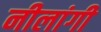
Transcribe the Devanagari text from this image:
नीलांगी